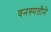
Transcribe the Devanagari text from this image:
वनस्पतीने